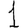
Digit: 1